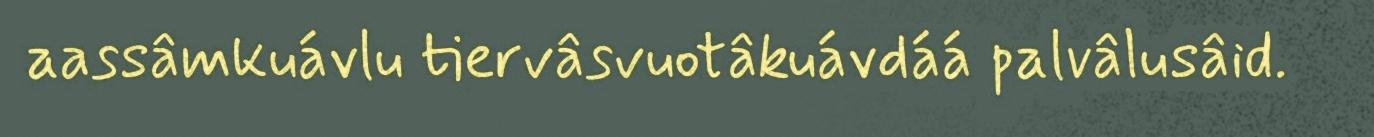
aassâmkuávlu tiervâsvuotâkuávdáá palvâlusâid.